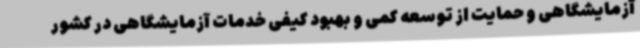
آزمایشگاهی و حمایت از توسعه کمی و بهبود کیفی خدمات آزمایشگاهی در کشور